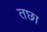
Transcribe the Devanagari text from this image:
तछा